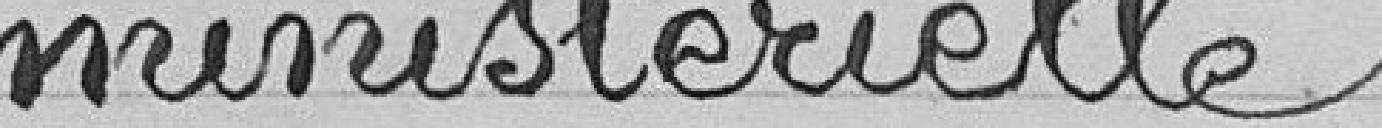
ministérielle